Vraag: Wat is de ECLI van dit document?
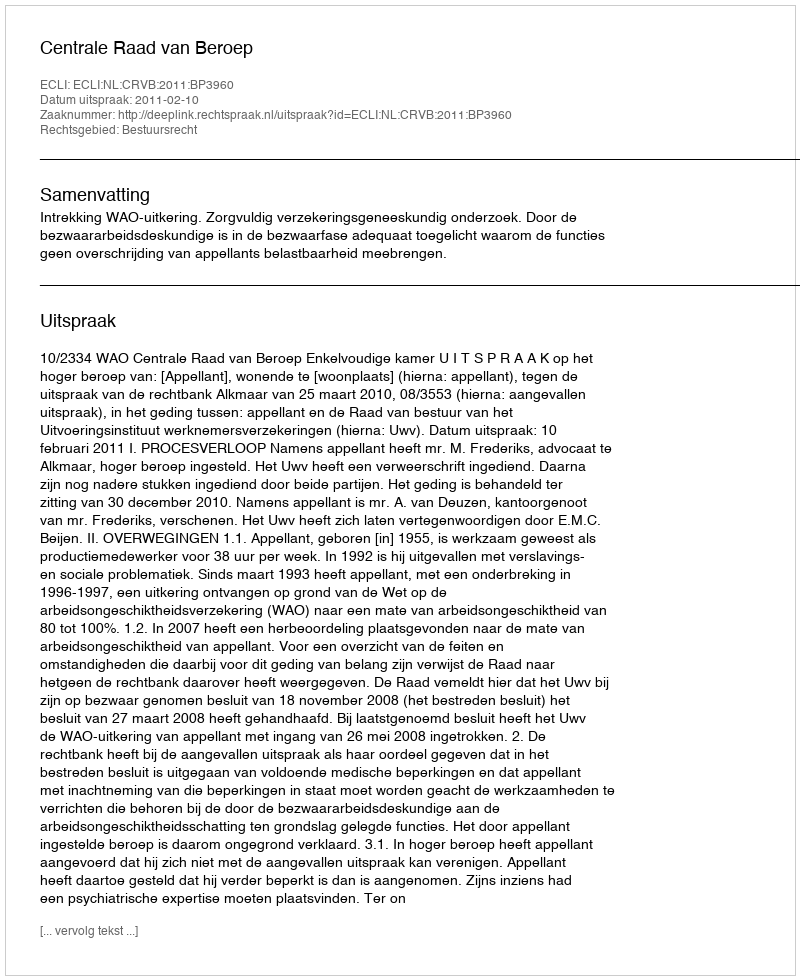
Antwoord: ECLI:NL:CRVB:2011:BP3960